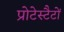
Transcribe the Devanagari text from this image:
प्रोटेस्टैटों